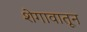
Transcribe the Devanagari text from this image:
शेगावातून